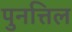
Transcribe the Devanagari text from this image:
पुनत्तिल